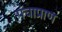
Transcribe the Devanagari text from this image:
पंचाप्राण